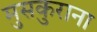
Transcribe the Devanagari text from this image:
मुसकुराना